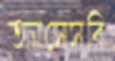
অ্যাসেসরি